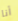
أنا